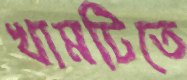
খামটিতে